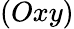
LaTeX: (Oxy)